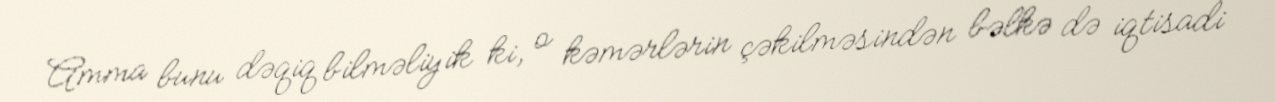
Amma bunu dəqiq bilməliyik ki, o kəmərlərin çəkilməsindən bəlkə də iqtisadi